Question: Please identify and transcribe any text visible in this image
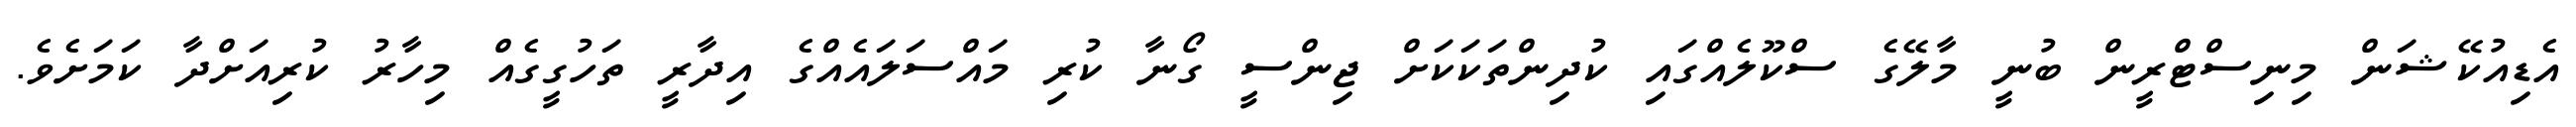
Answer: އެޑިއުކޭޝަން މިނިސްޓްރީން ބުނީ މާލޭގެ ސްކޫލެއްގައި ކުދިންތަކަކަށް ޖިންސީ ގޯނާ ކުރި މައްސަލައެއްގެ އިދާރީ ތަހުގީގެއް މިހާރު ކުރިއަށްދާ ކަމަށެވެ.